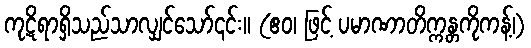
ကုဋိရာရှိသည်သာလျှင်သော်၎င်း။ (ဧဝ၊ ဖြင့် ပမာဏာတိက္ကန္တကိုကန့်၊)